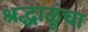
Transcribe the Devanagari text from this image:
श्रद्धाळूंचा